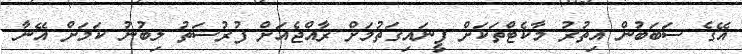
އޭގެ ސަބަބުން އިތުރު މާކެޓްތަކަށް ފީނައިގަތުމަށް ރާއްޖެއަށް ފުރުސަތު ލިބުނު ކަމަށް އޭނާ